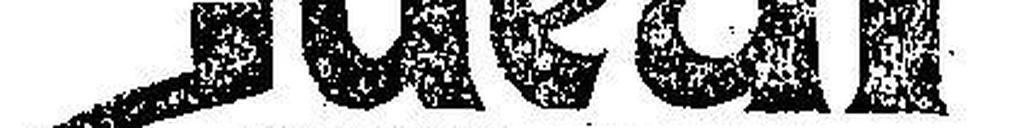
Ideal